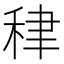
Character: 𥞰